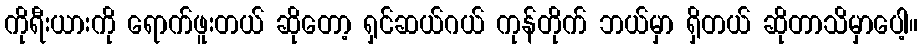
ကိုရီးယားကို ရောက်ဖူးတယ် ဆိုတော့ ရှင်ဆယ်ဂယ် ကုန်တိုက် ဘယ်မှာ ရှိတယ် ဆိုတာသိမှာပေါ့။